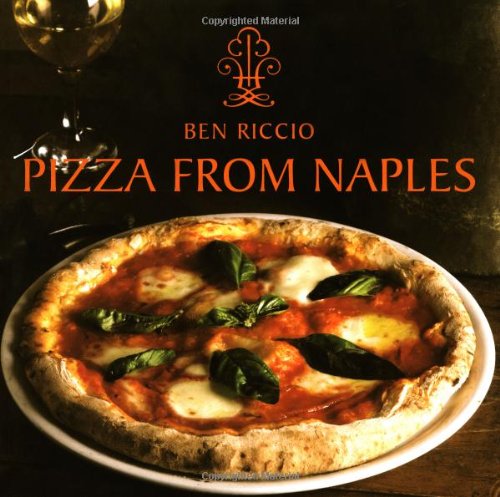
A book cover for Pizza From Naples; Ben Riccio; Cookbooks, Food & Wine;